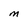
Character: M